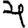
Digit: 4